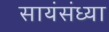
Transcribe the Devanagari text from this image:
सायंसंध्या